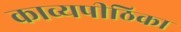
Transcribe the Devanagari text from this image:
काव्यपीठिका